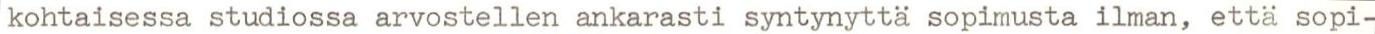
kohtaisessa studiossa arvostellen ankarasti syntynyttä sopimusta ilman, että sopi-